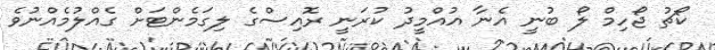
ކޯޗު ޖޯހިމް ލޯ ބުނީ އެނާ އުއްމީދު ކުރަނީ ރޮއިސްގެ ލިގަމެންޓަށް ގެއްލުމެއްނުވެ